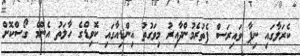
ކެރަލާގައި ނިޕާ ވައިރަސް ފެތުރެމުންދާއިރު މިވަގުތު އިންޑިއާގައި ކޮވިޑްގެ ހާލަތު އެންމެ ގޯސްކޮށް